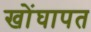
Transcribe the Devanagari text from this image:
खोंघापत